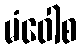
မံဝေါစ